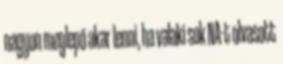
nagyon meglepő akar lenni, ha valaki sok NA-t olvasott